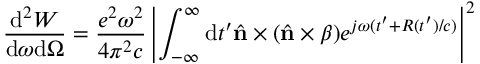
\frac { \mathrm { d } ^ { 2 } W } { \mathrm { d } \omega \mathrm { d } \Omega } = \frac { e ^ { 2 } \omega ^ { 2 } } { 4 \pi ^ { 2 } c } \left\vert \int _ { - \infty } ^ { \infty } \mathrm { d } t ^ { \prime } { \hat { \mathbf { n } } \times ( \hat { \mathbf { n } } \times \boldsymbol { \beta } ) } e ^ { j \omega ( t ^ { \prime } + R ( t ^ { \prime } ) / c ) } \right\vert ^ { 2 }